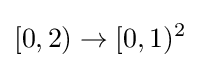
[0,2)\to [0,1)^{2}